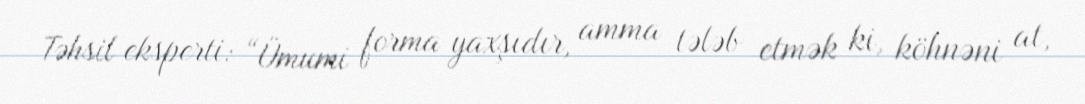
Təhsil eksperti: “Ümumi forma yaxşıdır, amma tələb etmək ki, köhnəni at,